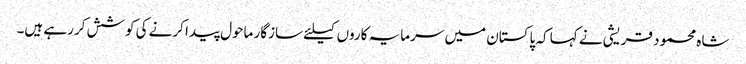
شاہ محمود قریشی نے کہا کہ پاکستان میں سرمایہ کاروں کیلئے سازگار ماحول پیدا کرنے کی کوشش کررہے ہیں۔